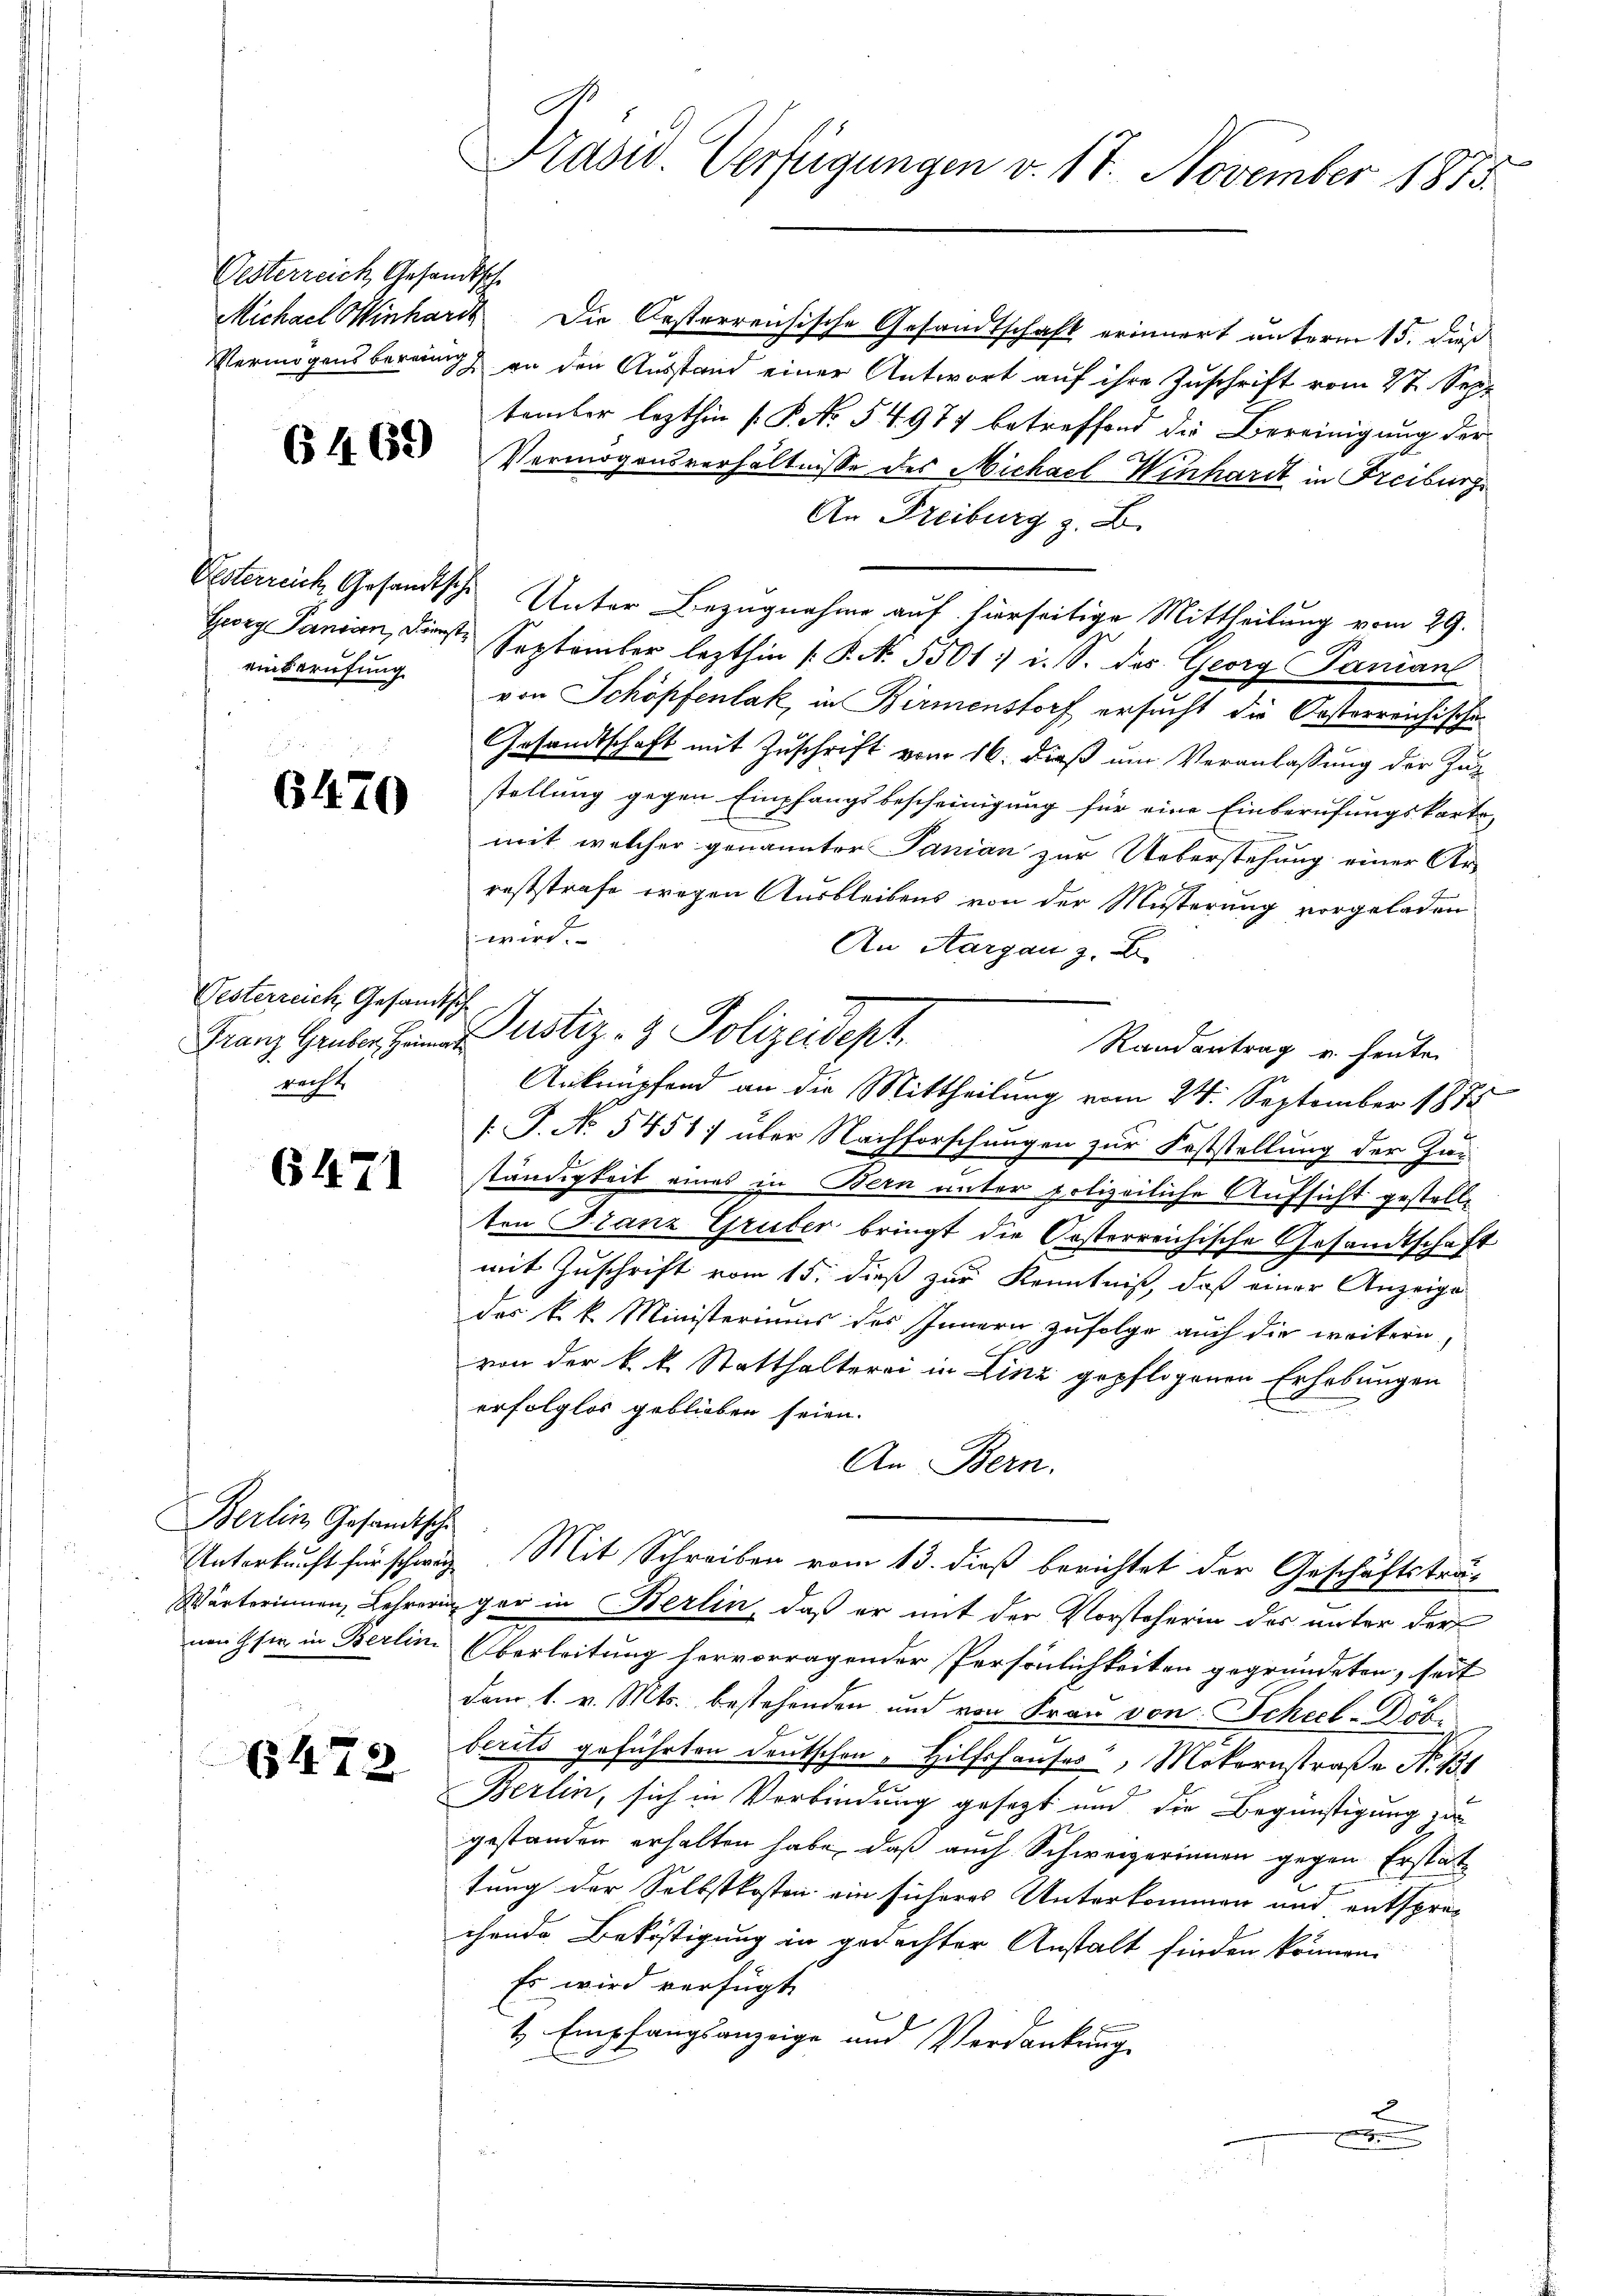
Oesterreich Gesandtsche

einsprüfung

6470

Vesterreich, Gesamtsch
recht.

6471

Berlin Gesandtsche

6472

Michael Winhard Die Resterreichische Gesandtschaft erinnert unterm 15. dieß
Vermögensbereing an den Ausstand einer Antwort auf ihre Zuschrift vom 27. Sept
temter lezthin (P. No 54. 977 betreffend die Bereinigung der
 Vermögensverhältnisse des Michael Winhardt in Freiburg
An Freiburg z. B.
Oesterreich, Gesandtsche Unter Bezugnahme auf hierseitige Mittheilung vom 29.
Georg Panian, Dienste September lezthin /: P. N. 5501 :/ i. S. das Georg Panian
von Schöpfenlak, in Birmenstorf ersucht die Oesterreichische
Gesandtschaft mit Zuschrift vom 16. dieß um Veranlassung der Zug
stellung gegen Empfangsbescheinigung für eine Einberufungskarte,
.
mit, welcher genannter Panian zur Ueberstehung einer Ar-
reststrafe wegen Ausbleibens von der Musterung vorgeladen
wird.
An Aargau z. B.
Randantrag u. heute
Anknüpfend an die Mittheilung vom 24. September 1875
/. J. No 5451) über Nachforschungen zur Feststellung der Zu-
ständigkeit eines in Bern unter polizeiliche Aufsicht gestelle
ten Franz Gruber bringt die Orsterreichische Gesandtschaft
mit Zuschrift vom 15. dieß zur Kenntniß, daß einer Anzeige
des k. k. Ministeriums des Innern zufolge auch die weitern
von der k. k. Statthalterri in Linz gepflogenen Erhebungen
erfolglos geblieben seien.
An Bern.
Unterkunft für schweiz. Mit Schreiben vom 13. dieß berichtet der Geschäftsträ¬
Wärterinnen, Lehrerin gar in Berlin, daß er mit der Vorsteherin des unter der
nen sie in Berlini Überleitung hervorragender Persönlichkeiten gegründeten, seit
dem 1. v. Mts. bestehenden und von Frau von Scheel-Döh
berits geführten Deutschen - Hilfshauses, Motornstraße N. 131
Berlin, sich in Verbindung gesezt und die Begünstigung zu
gestanden erhalten habe, daß auch Schweizerinnen gegen Erstattung der Selbstkosten ein sicheres Unterkommen und entsprec
chende Beköstigung in gedachter Anstalt finden können.
Es wird verfügt
1 Empfangsanzeige und Verdankung
.
a

Präsid. Verfügungen v. 18. November 1873.

Franz Gruber Justiz- & Polizeidept